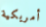
أمريكية